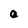
Character: 0